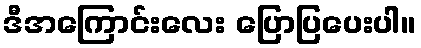
ဒီအကြောင်းလေး ပြောပြပေးပါ။